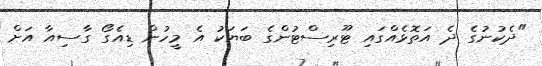
"ދެކުނުގެ ދެ އަތޮޅެއްގައި ޓޫރިސްޓުންގެ ބަޔަކު އެ މީހުން ޑިއެގޯ ގާސިއާ އަށް